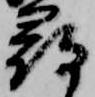
尋